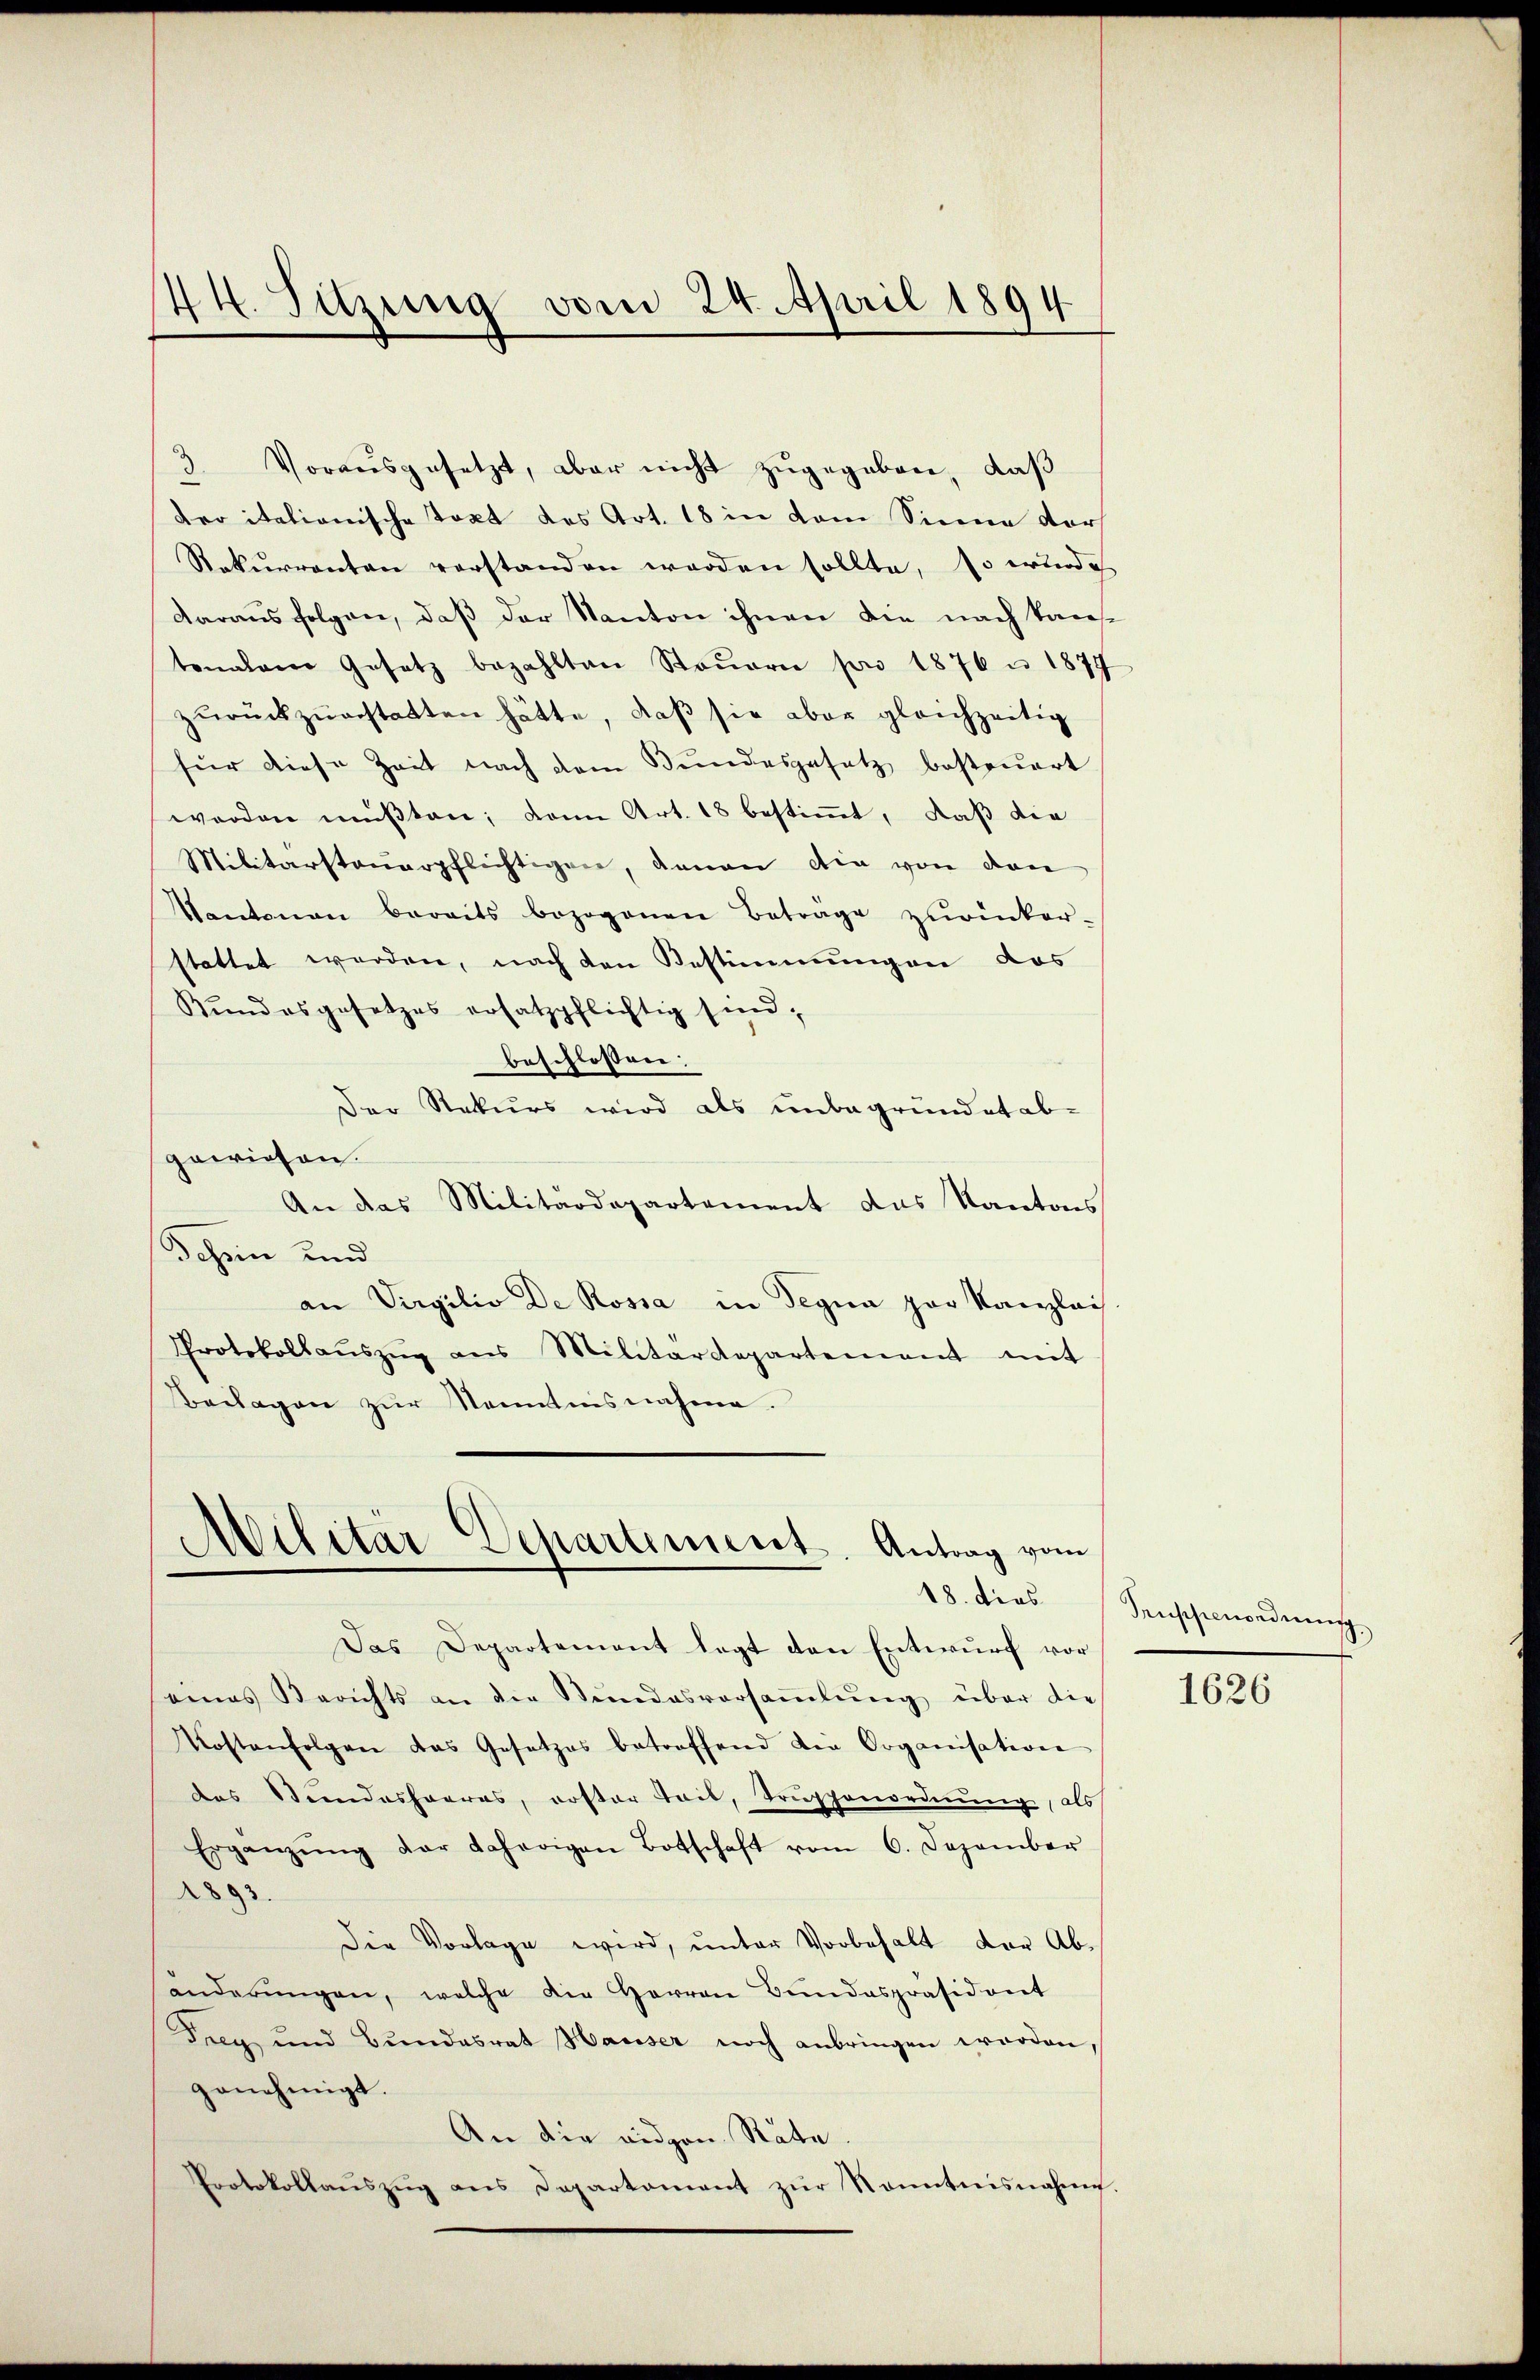
44. Sitzung vom 24. April 1894.

3. Voraŭsgesetzt, aber nicht zŭgegeben, daß
der italionische Text des Art. 18 in dem Sinne dor
Rekurrenten verstanden worden sollte, so wurde
daraus folgen, daß der Kanton ihnen die nach kantonalen Gesetz bezahlten Steŭern pro 1876 u. 1877
zŭrückzŭerstatten hätte, daβ sie aber gleichzeitig
für diese Zeit nach dem Bundesgesetz besteŭert
werden müßten; dann Art. 18 bestimmt, daß die
Militärsteuerpflichtigen, genan die von den
Kantonau bereits bezogenen Betrage zŭrücker-
stattet werden, nach den Bestimmungen das
Rŭndesgesetzes ersatzpflichtig sind;
beschlossen:
Der Rekurs wird als unbegründet abgewiesen.
An das Militärdepartement das Kantons
Schein und
an Virgilio De Rossa in Begna zur Kanzlei
Protokollaŭszŭg ans Militärdepartement mit
Beilagen zŭr Kenntnisnahme.

Militär-Departement. Antrag vom
18. dies

Das Departement legt den Entwurf vor
eines Berichts an die Stŭndesversaṁlŭng über die
Kostenfolgen das Gesetzes betroffend der Organisation
das Steindeshaares, roster Teil, Trŭppenordnung, als
Ergänzŭng der daherigen Botschaft vom 6. Dezember
1893.
Die Vorlage wird, unter Vorbehalt der Ab-
anderŭngen, welche die Herren Bŭndespräsident
Frey und Bŭndesrat Hauser noch anbringen worden
genehmigt.
An die eidgen. Räte
Protokollaŭszŭg ans Departament zŭr Sonntnisnahme.

drussienordnensch

1626